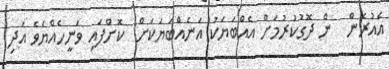
އެއުރެން  ން ދޮގުކުރުމަށް އެއްބަޔަކު އަނެއްބަޔަކަށް  ކޮށްފައި ވަނީހެއްޔެވެ އަދި